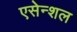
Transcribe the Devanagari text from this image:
एसेन्शल